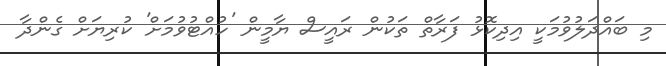
މި ބައްދަލުވުމަކީ އިދިކޮޅު ފަރާތް ތަކުން ރައީސް ޔާމީން 'ހުއްޓުވުމަށް' ކުރިޔަށް ގެންދާ